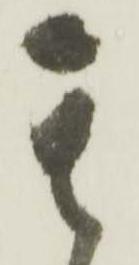
其